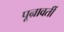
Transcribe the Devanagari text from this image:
पून्रावर्ती